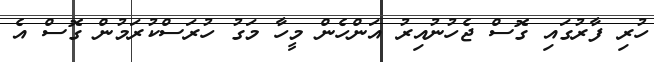
ހުރި ފާރުގައި ގޮސް ޖެހުނުއިރު އަންހެން މީހާ މަގު ހުރަސްކުރަމުން ގޮސް އެ